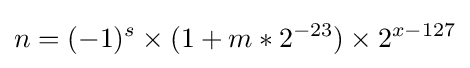
n=(-1)^{s}\times (1+m*2^{-23})\times 2^{x-127}